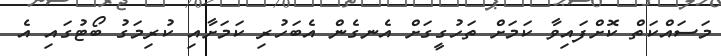
މަސައްކަތް ކޮށްފައިވާ ކަމަށް ތަހުގީގަށް އެނގެން އެބަހުރި ކަމަށާއި ކުރިމަގު ބޯޓުގައި އެ